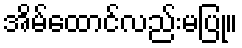
အိမ်ထောင်လည်းမပြု။